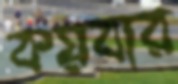
কয়বার